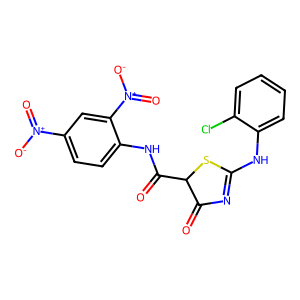
SMILES: O=C1N=C(Nc2ccccc2Cl)SC1C(=O)Nc1ccc([N+](=O)[O-])cc1[N+](=O)[O-]
Inhibits HIV replication: No